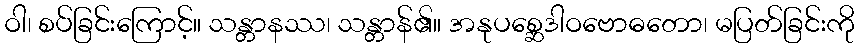
ဝါ၊ စပ်ခြင်းကြောင့်။ သန္တာနဿ၊ သန္တာန်၏။ အနုပစ္ဆေဒါဝဗောဓတော၊ မပြတ်ခြင်းကို